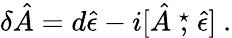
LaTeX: \delta\hat{A}=d\hat{\epsilon}-i[\hat{A}\stackrel{\star}{,}\hat{\epsilon}]~.